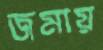
জমায়